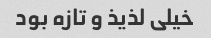
خیلی لذیذ و تازه بود